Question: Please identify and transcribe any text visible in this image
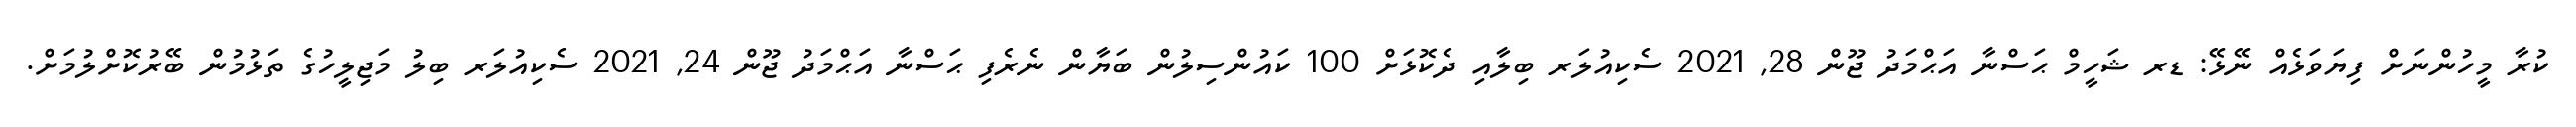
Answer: ކުރާ މީހުންނަށް ފިޔަވަޅެއް ނޭޅޭ: ޑރ ޝަހީމް ޙަސްނާ އަޙްމަދު ޖޫން 28, 2021 ސެކިއުލަރ ބިލާއި ދެކޮޅަށް 100 ކައުންސިލުން ބަޔާން ނެރެފި ޙަސްނާ އަޙްމަދު ޖޫން 24, 2021 ސެކިއުލަރ ބިލު މަޖިލީހުގެ ތަޅުމުން ބޭރުކޮށްލުމަށް.